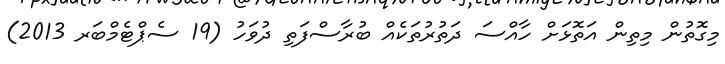
މިގޮތުން މިތިން އަތޮޅަށް ހާއްސަ ދަތުރުތަކެއް ބުރާސްފަތި ދުވަހު (19 ސެޕްޓެމްބަރ 2013)